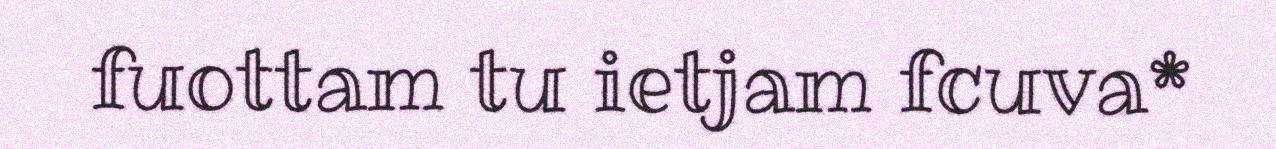
fuottam tu ietjam fcuva*